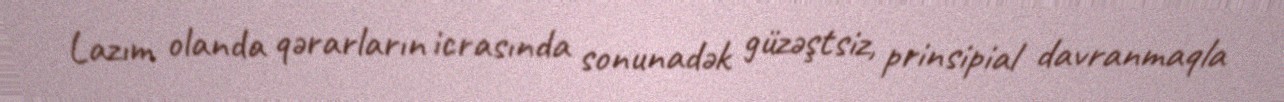
Lazım olanda qərarların icrasında sonunadək güzəştsiz, prinsipial davranmaqla